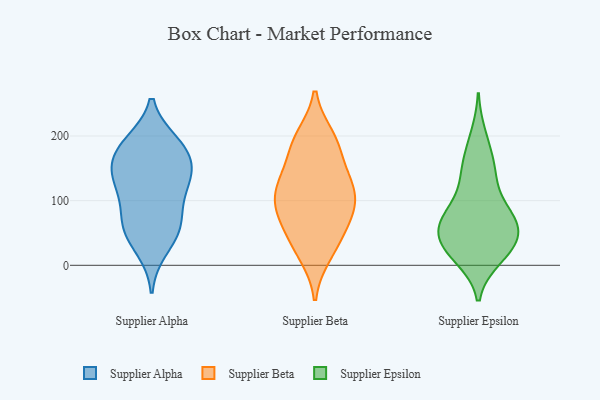
{"axis": {"x": "Inventory Turnover", "y": "Value"}, "legend": ["Supplier Alpha", "Supplier Beta", "Supplier Epsilon"], "data": [{"x": "", "y": 56, "type": "Supplier Alpha"}, {"x": "", "y": 26, "type": "Supplier Alpha"}, {"x": "", "y": 171, "type": "Supplier Alpha"}, {"x": "", "y": 150, "type": "Supplier Alpha"}, {"x": "", "y": 133, "type": "Supplier Alpha"}, {"x": "", "y": 80, "type": "Supplier Alpha"}, {"x": "", "y": 63, "type": "Supplier Alpha"}, {"x": "", "y": 140, "type": "Supplier Alpha"}, {"x": "", "y": 129, "type": "Supplier Alpha"}, {"x": "", "y": 186, "type": "Supplier Alpha"}, {"x": "", "y": 189, "type": "Supplier Alpha"}, {"x": "", "y": 181, "type": "Supplier Alpha"}, {"x": "", "y": 114, "type": "Supplier Alpha"}, {"x": "", "y": 55, "type": "Supplier Alpha"}, {"x": "", "y": 75, "type": "Supplier Beta"}, {"x": "", "y": 91, "type": "Supplier Beta"}, {"x": "", "y": 189, "type": "Supplier Beta"}, {"x": "", "y": 107, "type": "Supplier Beta"}, {"x": "", "y": 32, "type": "Supplier Beta"}, {"x": "", "y": 198, "type": "Supplier Beta"}, {"x": "", "y": 55, "type": "Supplier Beta"}, {"x": "", "y": 124, "type": "Supplier Beta"}, {"x": "", "y": 17, "type": "Supplier Beta"}, {"x": "", "y": 133, "type": "Supplier Beta"}, {"x": "", "y": 182, "type": "Supplier Beta"}, {"x": "", "y": 131, "type": "Supplier Beta"}, {"x": "", "y": 88, "type": "Supplier Beta"}, {"x": "", "y": 146, "type": "Supplier Epsilon"}, {"x": "", "y": 19, "type": "Supplier Epsilon"}, {"x": "", "y": 19, "type": "Supplier Epsilon"}, {"x": "", "y": 171, "type": "Supplier Epsilon"}, {"x": "", "y": 78, "type": "Supplier Epsilon"}, {"x": "", "y": 125, "type": "Supplier Epsilon"}, {"x": "", "y": 142, "type": "Supplier Epsilon"}, {"x": "", "y": 81, "type": "Supplier Epsilon"}, {"x": "", "y": 12, "type": "Supplier Epsilon"}, {"x": "", "y": 38, "type": "Supplier Epsilon"}, {"x": "", "y": 55, "type": "Supplier Epsilon"}, {"x": "", "y": 200, "type": "Supplier Epsilon"}, {"x": "", "y": 25, "type": "Supplier Epsilon"}, {"x": "", "y": 39, "type": "Supplier Epsilon"}, {"x": "", "y": 66, "type": "Supplier Epsilon"}, {"x": "", "y": 81, "type": "Supplier Epsilon"}, {"x": "", "y": 60, "type": "Supplier Epsilon"}, {"x": "", "y": 63, "type": "Supplier Epsilon"}]}